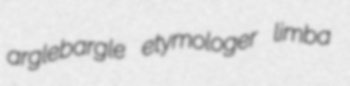
arglebargle etymologer limba